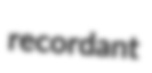
recordant